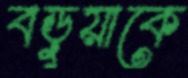
বড়ুয়াকে